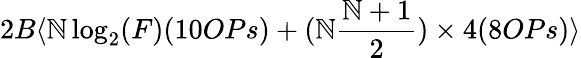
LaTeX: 2B\langle\mathbb{N}\log_{2}(F)(10OPs)+(\mathbb{N}{\frac{{\mathbb{N}+1}}{{2}}})\times4(8OPs)\rangle